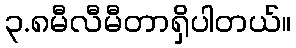
၃.၈မီလီမီတာရှိပါတယ်။